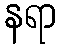
နရာ